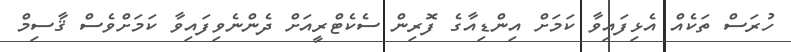
ހުރަސް ތަކެއް އެޅިފައިވާ ކަމަށް އިންޑިއާގެ ފޮރިން ސެކެޓްރީއަށް ދެންނެވިފައިވާ ކަމަށްވެސް ޤާސިމް